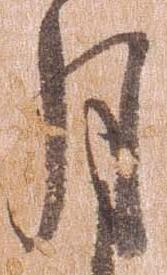
月